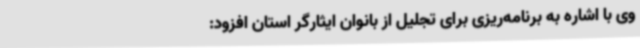
وی با اشاره به برنامه‌ریزی برای تجلیل از بانوان ایثارگر استان افزود: